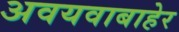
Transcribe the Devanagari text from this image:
अवयवाबाहेर